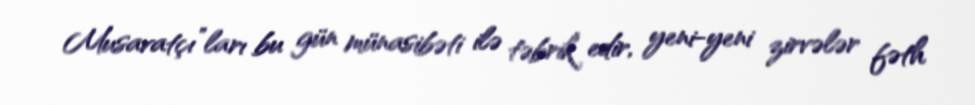
Musavatçı”ları bu gün münasibəti ilə təbrik edir, yeni-yeni zirvələr fəth